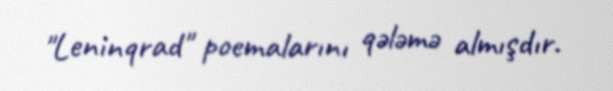
"Leninqrad" poemalarını qələmə almışdır.